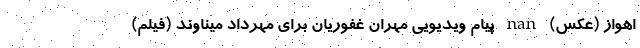
اهواز (عکس) nan پیام ویدیویی مهران غفوریان برای مهرداد میناوند (فیلم)